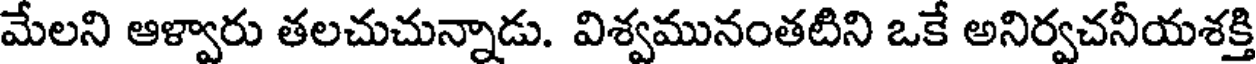
మేలని ఆళ్వారు తలచుచున్నాడు. విశ్వమునంతటిని ఒకే అనిర్వచనీయశక్తి